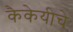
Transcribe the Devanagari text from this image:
कैकेयीचे